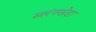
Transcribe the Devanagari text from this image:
सारंगखेड़ा